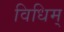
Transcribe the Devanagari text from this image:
विधिम्